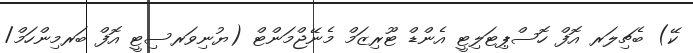
ކޭ) ބެޗިލަރ އޮފް ހޮސްޕިޓަލިޓީ އެންޑް ޓޫރިޒަމް މެނޭޖްމަންޓް (ޔުނިވަރސިޓީ އޮފް ބަރމިންހަމް/